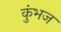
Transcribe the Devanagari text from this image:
कुंभज